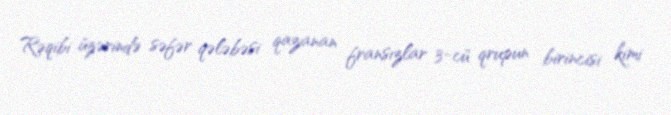
Rəqibi üzərində səfər qələbəsi qazanan fransızlar 3-cü qrupun birincisi kimi